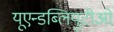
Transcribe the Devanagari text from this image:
यूएन्डब्लियुटीओ